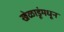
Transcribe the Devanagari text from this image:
खेळाडूंमधून